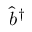
\hat { b } ^ { \dagger }